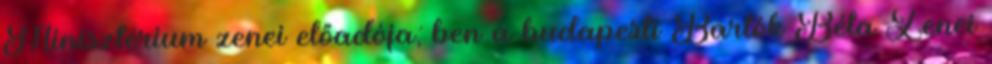
Minisztérium zenei előadója; ben a budapesti Bartók Béla Zenei